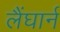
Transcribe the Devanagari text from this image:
लैंघार्न